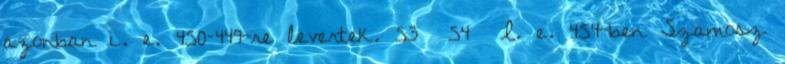
azonban i. e. 450–449-re levertek. 53 54 I. e. 454-ben Szamosz